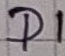
Text: D1